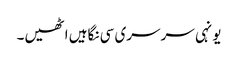
یونہی سرسری سی نگاہیں اٹھیں۔